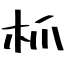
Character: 枛